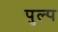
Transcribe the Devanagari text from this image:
पुल्प